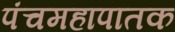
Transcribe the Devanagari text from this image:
पंचमहापातक